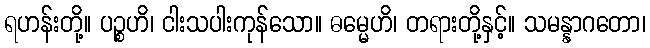
ရဟန်းတို့။ ပဉ္စဟိ၊ ငါးသပါးကုန်သော။ ဓမ္မေဟိ၊ တရားတို့နှင့်။ သမန္နာဂတော၊